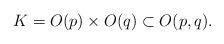
LaTeX: \begin{align*} K = O(p)\times O(q) \subset O(p,q).\end{align*}